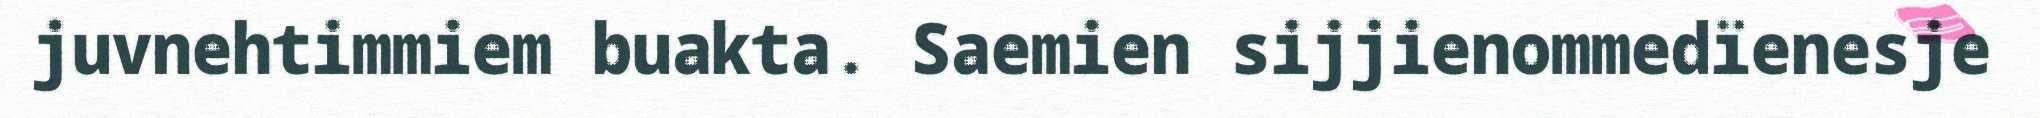
juvnehtimmiem buakta. Saemien sijjienommedïenesje